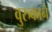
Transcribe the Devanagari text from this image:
वुरुकाने